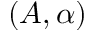
( A , \alpha )